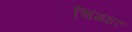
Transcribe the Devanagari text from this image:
चिंग्घार